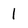
Character: 1